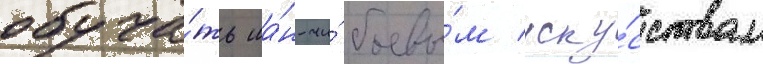
обуча́ть ша́н-чи́ боевы́м иску́сствам